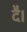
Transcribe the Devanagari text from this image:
दै।